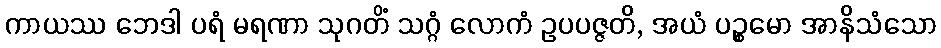
ကာယဿ ဘေဒါ ပရံ မရဏာ သုဂတိံ သဂ္ဂံ လောကံ ဥပပဇ္ဇတိ, အယံ ပဉ္စမော အာနိသံသော